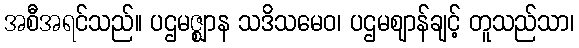
အစီအရင်သည်။ ပဌမဇ္ဈာန သဒိသမေဝ၊ ပဌမဈာန်ချင့် တူသည်သာ၊